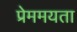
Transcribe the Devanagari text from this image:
प्रेममयता